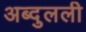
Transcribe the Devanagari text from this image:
अब्दुलली